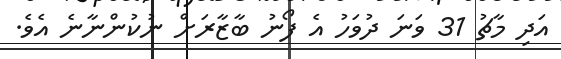
އަދި މާޗު 31 ވަނަ ދުވަހު އެ ފޯނު ބާޒާރަށް ނުކުންނާނެ އެވެ.